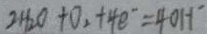
2 H _ { 2 } O + O _ { 2 } + 4 e ^ { - } = 4 0 H ^ { - }